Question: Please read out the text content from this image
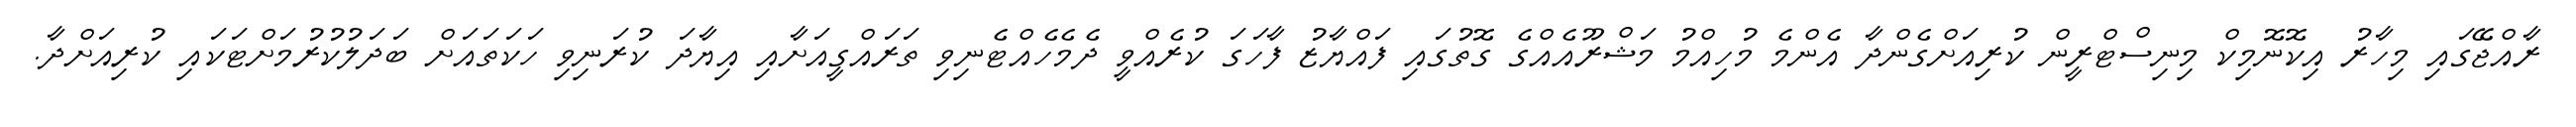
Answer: ރާއްޖޭގައި މިހާރު އިކޮނޮމިކް މިނިސްޓްރީން ކުރިއަށްގެންދާ އެންމެ މުހިއްމު މަޝްރޫއެއްގެ ގޮތުގައި ފައްޔާޒު ފާހަގަ ކުރެއްވީ ދެމެހެއްޓެނިވި ތަރައްގީއަށާއި އިޔާދަ ކުރަނިވި ހަކަތައަށް ބަދަލުކުރުމަށްޓަކައި ކުރިއަށްދާ.